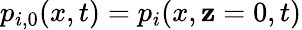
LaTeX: p_{i,0}(x,t)=p_{i}(x,\mathbf{z}=0,t)